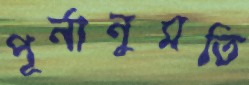
পূর্নানুমতি